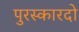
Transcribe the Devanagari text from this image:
पुरस्कारदो